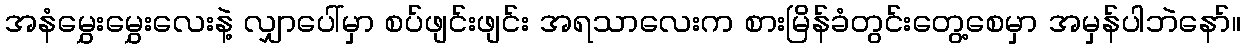
အနံမွှေးမွှေးလေးနဲ့ လျှာပေါ်မှာ စပ်ဖျင်းဖျင်း အရသာလေးက စားမြိန်ခံတွင်းတွေ့စေမှာ အမှန်ပါဘဲနော်။